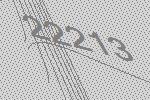
22213